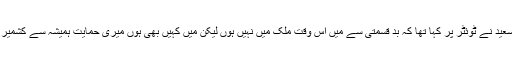
اداکار ہمایوں سعید نے ٹوئٹر پر کہا تھا کہ بد قسمتی سے میں اس وقت ملک میں نہیں ہوں لیکن میں کہیں بھی ہوں میری حمایت ہمیشہ سے کشمیر کے ساتھ ہے۔